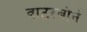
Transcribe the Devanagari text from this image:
वाटरबोर्न